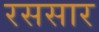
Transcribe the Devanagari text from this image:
रससार